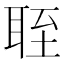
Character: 𬚘